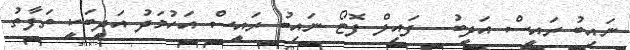
ނައިބު ރައީސް އަދީބު-- ފައިލް ފޮޓޯ ނައިބު ރައީސް އަހުމަދު އަދީބަކީ ތަފާތު